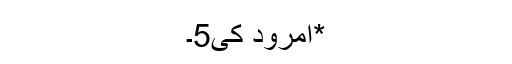
*امرود کی5۔